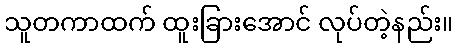
သူတကာထက် ထူးခြားအောင် လုပ်တဲ့နည်း။